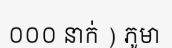
០០០ នាក់ ) ភូមា